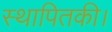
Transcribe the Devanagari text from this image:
स्थापितकी।